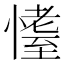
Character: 𱟆